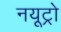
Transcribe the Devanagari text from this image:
नयूट्रो